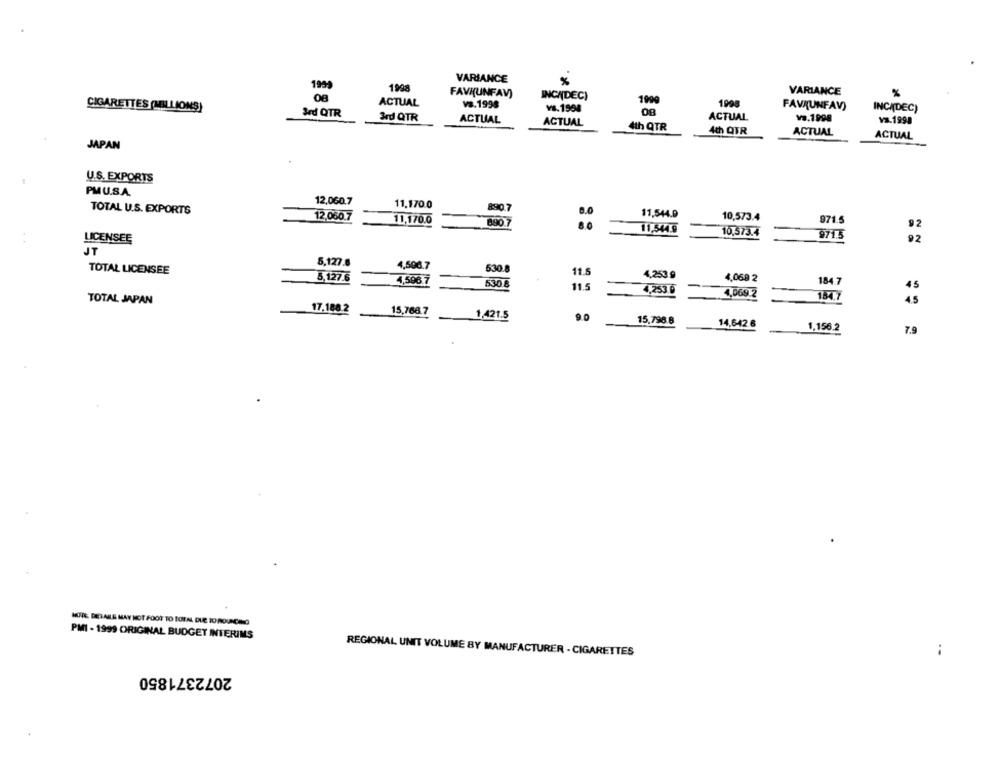
VARIANCE
1999
1998
VARIANCE
FAVR(UNFAV)
INCA(DEC)
ACTUAL
va.1998
199
1998
FAVI(UNFAV)
CIGARETTES (MILLIONS)
Sed QTR
VS.1998
INCIDEC)
3rd QTR
ACTUAL
ACTUAL
ACTUAL
va.1998
Ya.1998
4th QTR
4th QTR
ACTUAL
ACTUAL
JAPAN
U.S. EXPORTS
PMU.S.A.
12,060.7
11.170.0
890.7
TOTAL U.S. EXPORTS
8.0
11,544.0
12,060.7
11,170.0
10,573.4
971.5
890 7
11,544.9
92
10,573.4
9715
LICENSEE
92
JT
5,127.8
4,506.7
TOTAL LICENSEE
630.8
11.5
4,253 g
5,127.6
4,596 7
63.08
4,068 2
184.7
11.5
45
4,253.0
4,069 2
154.7
TOTAL JAPAN
45
17.188.2
15,768.7
1,421.5
9.0
15,796.8
14,642 6
1,156.2
7.9
MOVE DETAILS MAY NOT FOOT TO TOTAL DUE TO ROUNCHNO
PMI - 1999 ORIGINAL BUDGET INTERIMS
REGIONAL UNIT VOLUME BY MANUFACTURER - CIGARETTES
--
2072371850